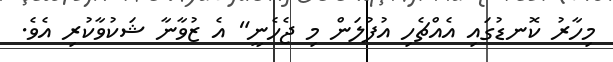
މިހާރު ކޮނޑުގައި އެއްޗެހި އުފުލަން މި ޖެހެނީ" އެ ޒުވާނާ ޝަކުވާކުރި އެވެ.